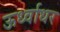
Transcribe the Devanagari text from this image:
ऊर्ध्‍वाधर